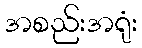
အစည်းအရုံး